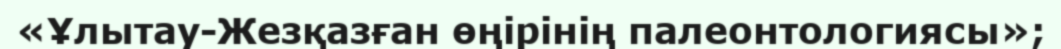
«Ұлытау-Жезқазған өңірінің палеонтологиясы»;